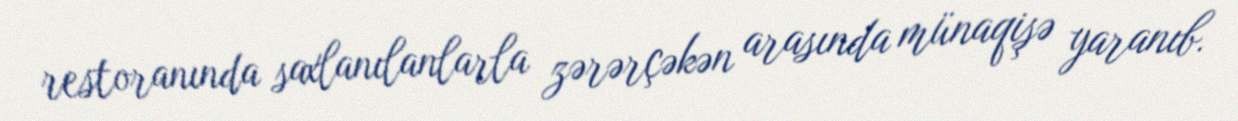
restoranında saxlanılanlarla zərərçəkən arasında münaqişə yaranıb.